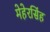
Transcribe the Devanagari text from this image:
मेहेरसिंह